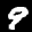
Label: 9